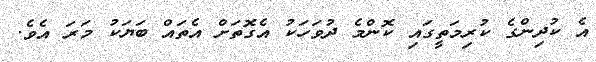
އެ ކުދިންގެ ކުރިމަތީގައި ކޮންމެ ދުވަހަކު އެގޮތަށް އެތައް ބަޔަކު މަރަ އެވެ.